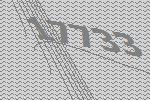
17733